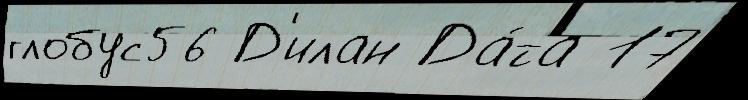
глобус56 Д'илан Да́та 17